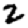
Digit: 2